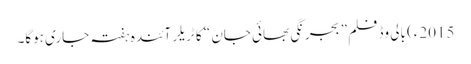
2015ء) بالی وڈ فلم ” بجرنگی بھائی جان “ کا ٹریلر آئندہ ہفتہ جاری ہوگا۔